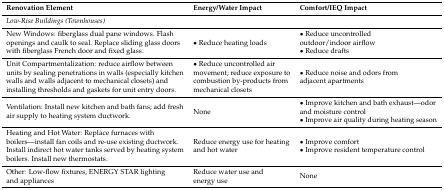
<table><thead><tr><td><b>Renovation Element</b></td><td><b>Energy/Water Impact</b></td><td><b>Comfort/IEQ Impact</b></td></tr></thead><tbody><tr><td colspan="3"><i>Low-Rise Buildings (Townhouses)</i></td></tr><tr><td>New Windows: fiberglass dual pane windows. Flash openings and caulk to seal. Replace sliding glass doors with fiberglass French door and fixed glass.</td><td>• Reduce heating loads</td><td>• Reduce uncontrolled outdoor/indoor airflow• Reduce drafts</td></tr><tr><td>Unit Compartmentalization: reduce airflow between units by sealing penetrations in walls (especially kitchen walls and walls adjacent to mechanical closets) and installing thresholds and gaskets for unit entry doors.</td><td>• Reduce uncontrolled air movement; reduce exposure to combustion by-products from mechanical closets</td><td>• Reduce noise and odors from adjacent apartments</td></tr><tr><td>Ventilation: Install new kitchen and bath fans; add fresh air supply to heating system ductwork.</td><td>None</td><td>• Improve kitchen and bath exhaust—odor and moisture control• Improve air quality during heating season</td></tr><tr><td>Heating and Hot Water: Replace furnaces with boilers—install fan coils and re-use existing ductwork. Install indirect hot water tanks served by heating system boilers. Install new thermostats.</td><td>Reduce energy use for heating and hot water</td><td>• Improve comfort• Improve resident temperature control</td></tr><tr><td>Other: Low-flow fixtures, ENERGY STAR lighting and appliances</td><td>Reduce water use and energy use</td><td>None</td></tr></tbody></table>